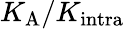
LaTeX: K_{\mathrm{A}}/K_{\mathrm{intra}}